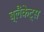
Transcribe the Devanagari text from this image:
ब्लैंकेट्स